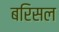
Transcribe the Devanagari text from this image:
बरिसल